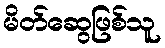
မိတ်ဆွေဖြစ်သူ